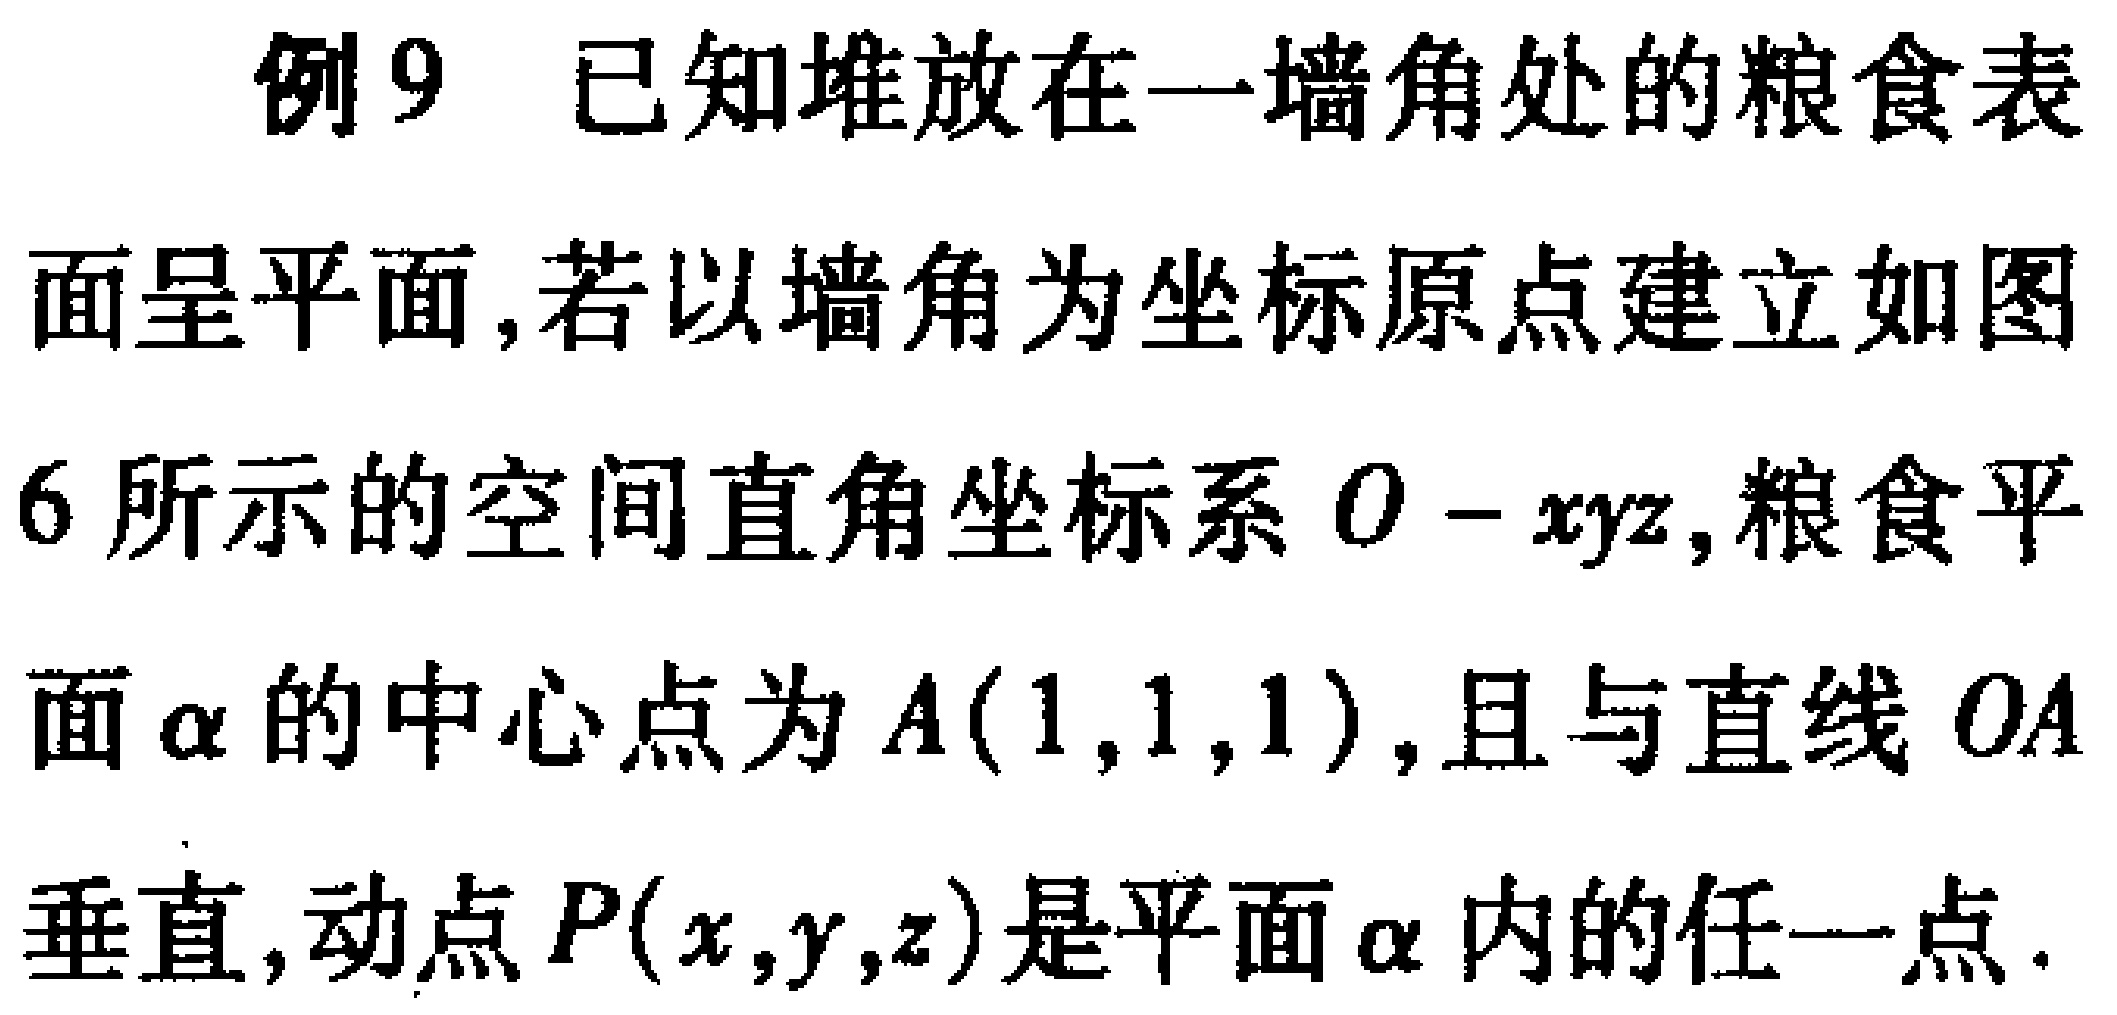
例9 已知堆放在一墙角处的粮食表

面呈平面,若以墙角为坐标原点建立如图

6所示的空间直角坐标系\(O - xyz\),粮食平

面\(\alpha\)的中心点为\(A(1,1,1)\),且与直线\(OA\)

垂直,动点\(P(x,y,z)\)是平面\(\alpha\)内的任一点.